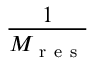
\frac { 1 } { M _ { \mathrm { ~ r ~ e ~ s ~ } } }